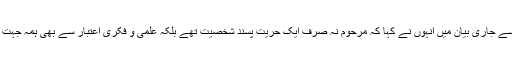
وحدت ہاؤس میڈیا سیل سے جاری بیان میں انہوں نے کہا کہ مرحوم نہ صرف ایک حریت پسند شخصیت تھے بلکہ علمی و فکری اعتبار سے بھی ہمہ جہت خوبیوں کے مالک تھے۔